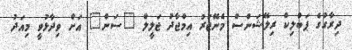
ދިރާގުގެ ޕަބްލިކް ރިލޭޝަންސް މެނޭޖަރު އިމްޖާދު ޖަލީލް "ސަން" އަށް ވިދާޅުވީ މިއަދު